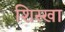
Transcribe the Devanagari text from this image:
शिस्खा